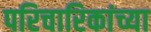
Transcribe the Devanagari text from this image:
परिचारिकांच्या